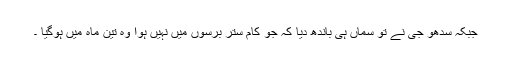
جبکہ سدھو جی نے تو سماں ہی باندھ دیا کہ جو کام ستر برسوں میں نہیں ہوا وہ تین ماہ میں ہوگیا ۔